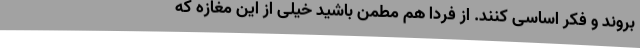
بروند و فکر اساسی کنند. از فردا هم مطمن باشید خیلی از این مغازه که